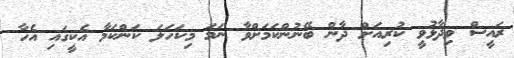
ރައީސް ވިދާޅުވީ ކުރިއަށް ދާން ބޭނުންކަމަށްވާ ނަމަ މިކަހަލަ ކަންކަމާ އެކީގައި އެހާ